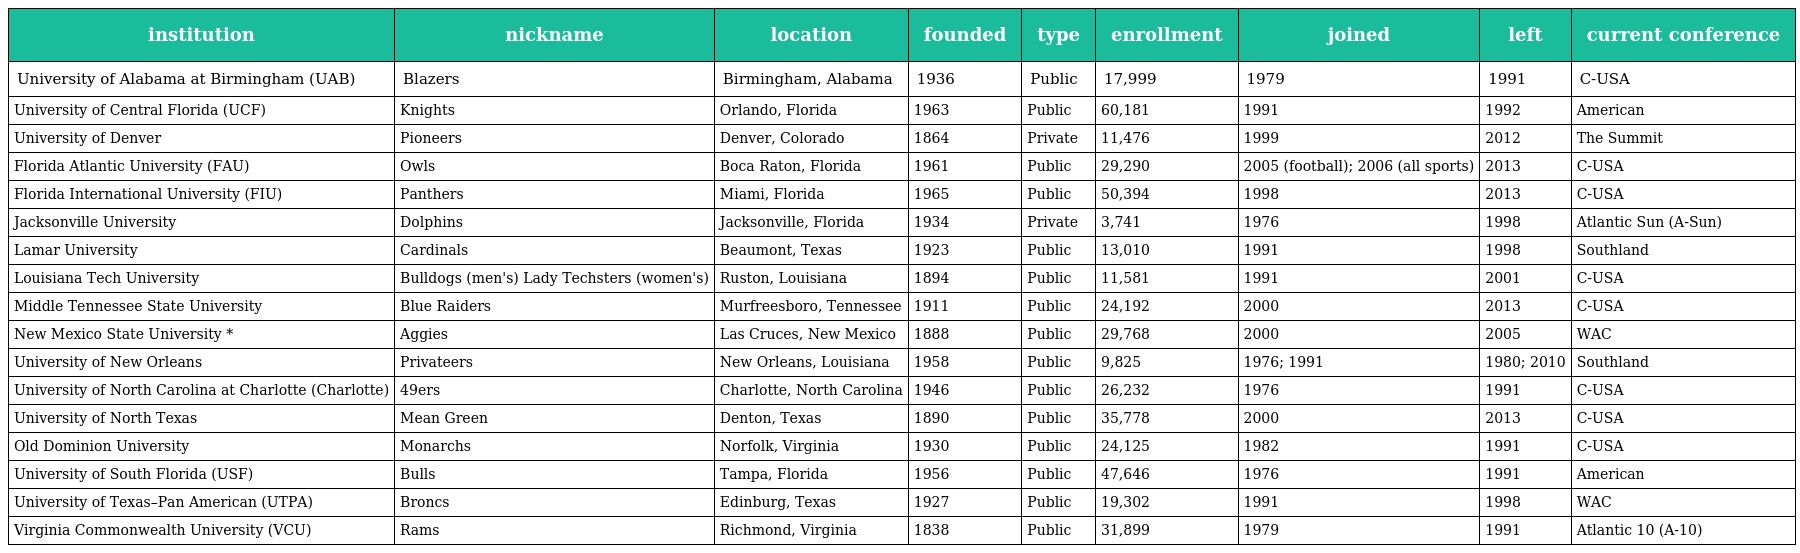
| institution | nickname | location | founded | type | enrollment | joined | left | current conference |
 | --- | --- | --- | --- | --- | --- | --- | --- | --- |
 | University of Alabama at Birmingham (UAB) | Blazers | Birmingham, Alabama | 1936 | Public | 17,999 | 1979 | 1991 | C-USA |
 | University of Central Florida (UCF) | Knights | Orlando, Florida | 1963 | Public | 60,181 | 1991 | 1992 | American |
 | University of Denver | Pioneers | Denver, Colorado | 1864 | Private | 11,476 | 1999 | 2012 | The Summit |
 | Florida Atlantic University (FAU) | Owls | Boca Raton, Florida | 1961 | Public | 29,290 | 2005 (football); 2006 (all sports) | 2013 | C-USA |
 | Florida International University (FIU) | Panthers | Miami, Florida | 1965 | Public | 50,394 | 1998 | 2013 | C-USA |
 | Jacksonville University | Dolphins | Jacksonville, Florida | 1934 | Private | 3,741 | 1976 | 1998 | Atlantic Sun (A-Sun) |
 | Lamar University | Cardinals | Beaumont, Texas | 1923 | Public | 13,010 | 1991 | 1998 | Southland |
 | Louisiana Tech University | Bulldogs (men's) Lady Techsters (women's) | Ruston, Louisiana | 1894 | Public | 11,581 | 1991 | 2001 | C-USA |
 | Middle Tennessee State University | Blue Raiders | Murfreesboro, Tennessee | 1911 | Public | 24,192 | 2000 | 2013 | C-USA |
 | New Mexico State University * | Aggies | Las Cruces, New Mexico | 1888 | Public | 29,768 | 2000 | 2005 | WAC |
 | University of New Orleans | Privateers | New Orleans, Louisiana | 1958 | Public | 9,825 | 1976; 1991 | 1980; 2010 | Southland |
 | University of North Carolina at Charlotte (Charlotte) | 49ers | Charlotte, North Carolina | 1946 | Public | 26,232 | 1976 | 1991 | C-USA |
 | University of North Texas | Mean Green | Denton, Texas | 1890 | Public | 35,778 | 2000 | 2013 | C-USA |
 | Old Dominion University | Monarchs | Norfolk, Virginia | 1930 | Public | 24,125 | 1982 | 1991 | C-USA |
 | University of South Florida (USF) | Bulls | Tampa, Florida | 1956 | Public | 47,646 | 1976 | 1991 | American |
 | University of Texas–Pan American (UTPA) | Broncs | Edinburg, Texas | 1927 | Public | 19,302 | 1991 | 1998 | WAC |
 | Virginia Commonwealth University (VCU) | Rams | Richmond, Virginia | 1838 | Public | 31,899 | 1979 | 1991 | Atlantic 10 (A-10) |